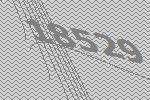
18529